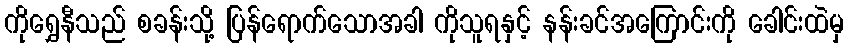
ကိုရွှေနီသည် စခန်းသို့ ပြန်ရောက်သောအခါ ကိုသူရနှင့် နန်းခင်အကြောင်းကို ခေါင်းထဲမှ